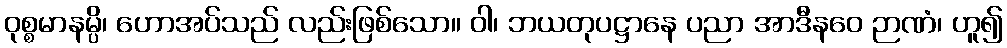
ဝုစ္စမာနမ္ပိ၊ ဟောအပ်သည် လည်းဖြစ်သော။ ဝါ၊ ဘယတုပဋ္ဌာနေ ပညာ အာဒီနဝေ ဉာဏံ၊ ဟူ၍